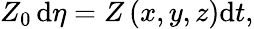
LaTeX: \begin{array}{r}{Z_{0}\, \mathrm{d}\eta=Z\left(x,y,z\right)\mathrm{d}t,}\end{array}